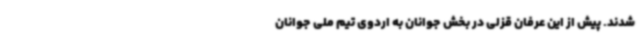
شدند. پیش از این عرفان قزلی در بخش جوانان به اردوی تیم ملی جوانان